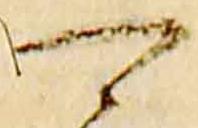
可